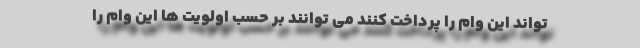
تواند این وام را پرداخت کنند می توانند بر حسب اولویت ها این وام را